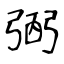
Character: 弻